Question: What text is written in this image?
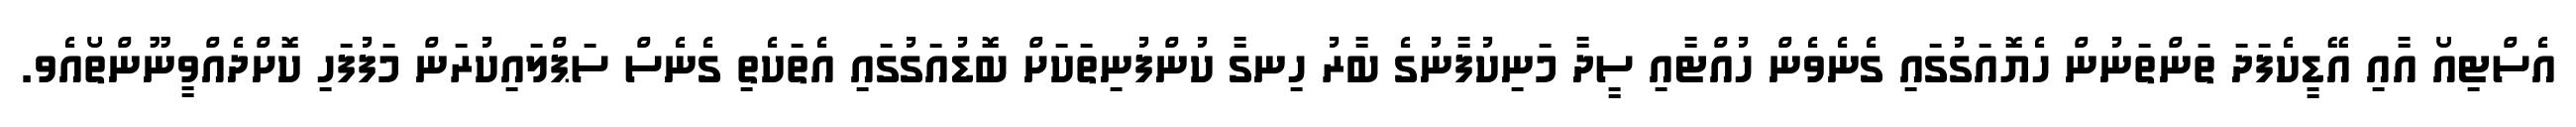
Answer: އެސްޓިއޯ އާއި އޭޑީކެފަދަ ތަންތަނުން ހެޔޮއަގުގައި ގެނެވެން ހުއްޓާއި ސީދާ މަނިކުފާނުގެ ބާރު ހިނގާ ކުންފުނިތަކަށް ބޮޑުއަގުގައި އެތަކެތި ގެނެސް ސަޕްލައިކުރަން މަފުފަހި ކޮށްދެއްވީނޫންތޯއެވ.